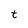
Character: t